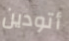
أتودين